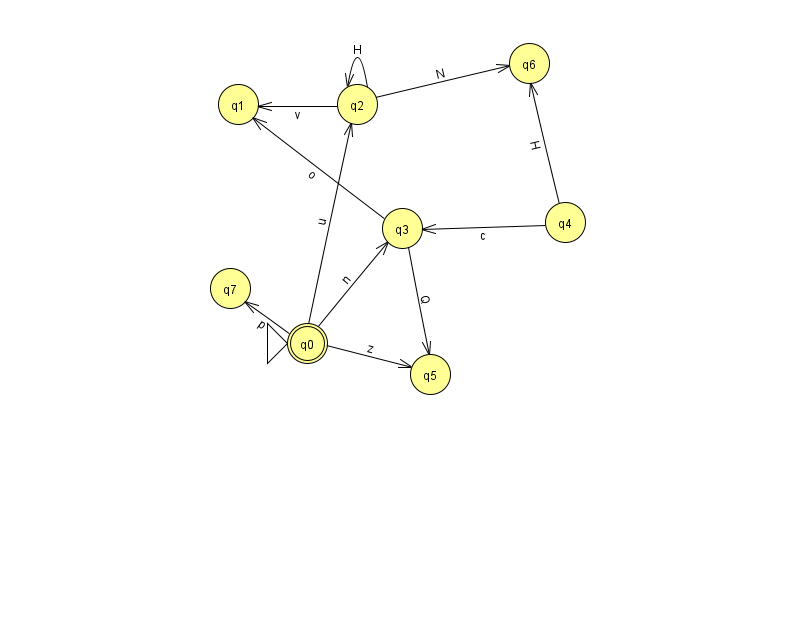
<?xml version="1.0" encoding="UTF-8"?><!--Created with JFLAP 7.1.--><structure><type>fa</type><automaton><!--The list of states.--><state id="0" name="q0"><x>307.0</x><y>330.0</y><initial/><final/></state><state id="1" name="q1"><x>238.0</x><y>91.0</y></state><state id="2" name="q2"><x>357.0</x><y>91.0</y></state><state id="3" name="q3"><x>402.0</x><y>215.0</y></state><state id="4" name="q4"><x>565.0</x><y>209.0</y></state><state id="5" name="q5"><x>430.0</x><y>361.0</y></state><state id="6" name="q6"><x>529.0</x><y>50.0</y></state><state id="7" name="q7"><x>230.0</x><y>275.0</y></state><!--The list of transitions.--><transition><from>3</from><to>5</to><read>Q</read></transition><transition><from>0</from><to>3</to><read>n</read></transition><transition><from>3</from><to>1</to><read>o</read></transition><transition><from>4</from><to>6</to><read>H</read></transition><transition><from>0</from><to>5</to><read>z</read></transition><transition><from>2</from><to>2</to><read>H</read></transition><transition><from>2</from><to>1</to><read>v</read></transition><transition><from>4</from><to>3</to><read>c</read></transition><transition><from>2</from><to>6</to><read>N</read></transition><transition><from>0</from><to>2</to><read>u</read></transition><transition><from>0</from><to>7</to><read>p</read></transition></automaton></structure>